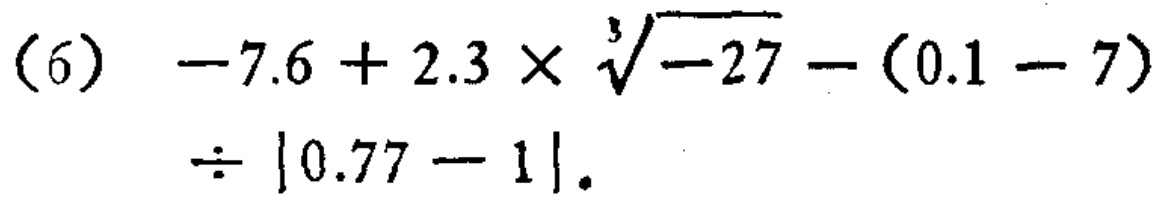
\((6)\ -7.6 + 2.3\times\sqrt[3]{-27}-(0.1 - 7)\div|0.77 - 1|\)